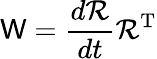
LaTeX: \mathsf{W}={\frac{{d{\mathcal{{R}}}}}{{dt}}}{\mathcal{{R}}}^{\mathrm{{T}}}